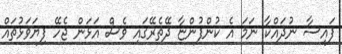
ފައިސާ ނުދައްކާ ނަމަ އެ ކުންފުންޏާ ދޭތެރޭގައި ވެސް އަޅަން ޖެހޭ ފިޔަވަޅުތައް